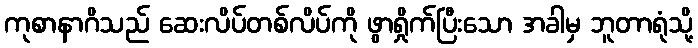
ကုစာနာဂိသည် ဆေးလိပ်တစ်လိပ်ကို ဖွာရှိုက်ပြီးသော အခါမှ ဘူတာရုံသို့